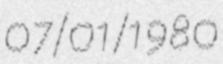
07/01/1980